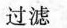
过滤